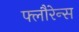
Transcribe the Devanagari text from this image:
फ्लौरेन्स